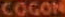
COCON